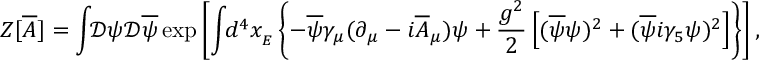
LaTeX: Z [ { \overline { { { A } } } } ] = \int \! \! { \mathcal { D } } \psi { \mathcal { D } } { \overline { { \psi } } } \exp \left[ \int \! \! d ^ { 4 } x _ { _ { E } } \left\{ - { \overline { { \psi } } } \gamma _ { \mu } ( \partial _ { \mu } - i { \overline { { { A } } } } _ { \mu } ) \psi + { \frac { g ^ { 2 } } { 2 } } \left[ ( { \overline { { \psi } } } \psi ) ^ { 2 } + ( { \overline { { \psi } } } i \gamma _ { 5 } \psi ) ^ { 2 } \right] \right\} \right] ,